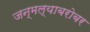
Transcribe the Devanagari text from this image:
जन्मल्याबरोबर